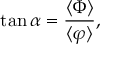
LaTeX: \tan \alpha = \frac { \langle \Phi \rangle } { \langle \varphi \rangle } ,